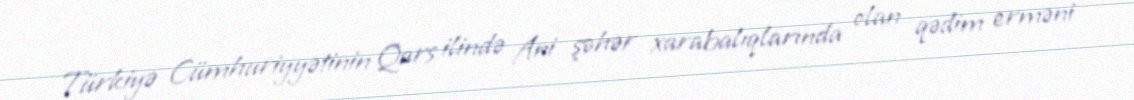
Türkiyə Cümhuriyyətinin Qars ilində Ani şəhər xarabalıqlarında olan qədim erməni